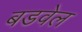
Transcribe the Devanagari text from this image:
बडवेल